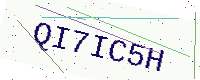
Text: QI7IC5H